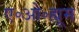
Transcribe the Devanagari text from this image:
ए॰ओ॰ह्यूम